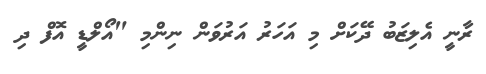
ރާނީ އެލިޒަބު ދޭކަށް މި އަހަރު އަރުވަން ނިންމި "އޯލްޑީ އޮފް ދި